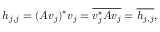
h _ { j , j } = ( A v _ { j } ) ^ { * } v _ { j } = { \overline { { v _ { j } ^ { * } A v _ { j } } } } = { \overline { { h _ { j , j } } } } ,